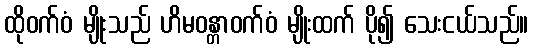
ထိုဝက်ဝံ မျိုးသည် ဟိမဝန္တာဝက်ဝံ မျိုးထက် ပို၍ သေးငယ်သည်။